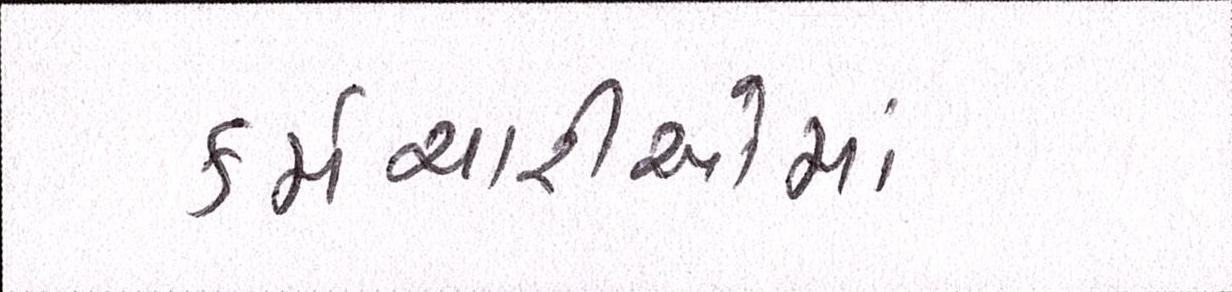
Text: કર્મચારીઓમાં